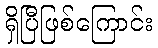
ရှိပြီဖြစ်ကြောင်း